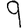
Digit: 9